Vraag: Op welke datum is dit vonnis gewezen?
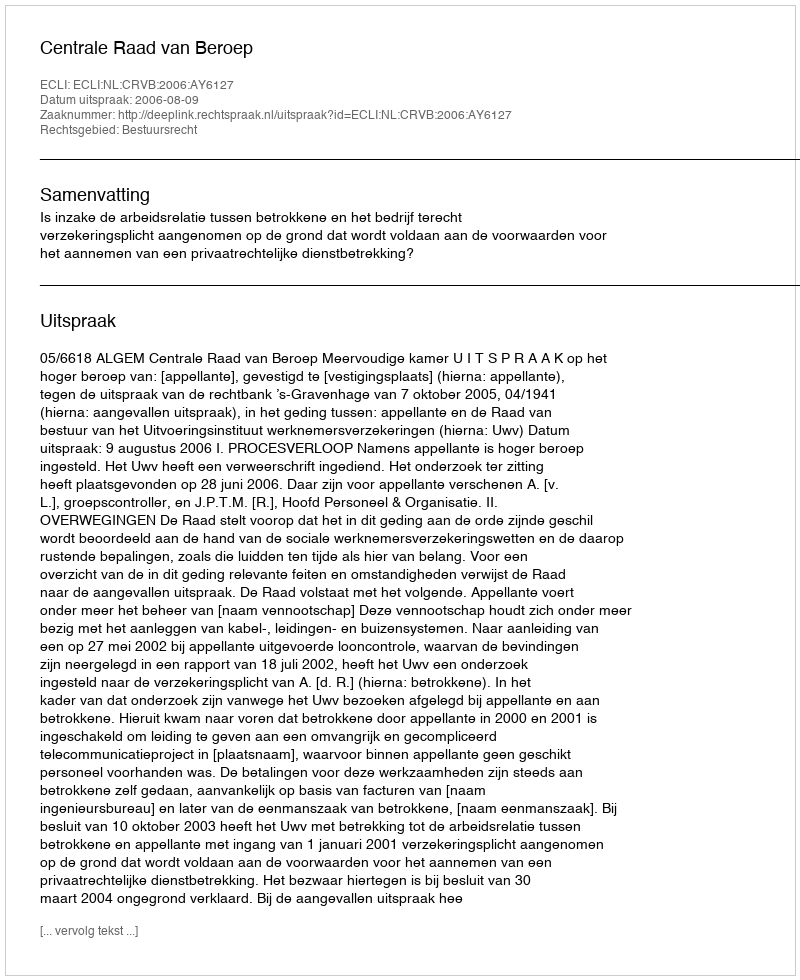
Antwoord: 2006-08-09